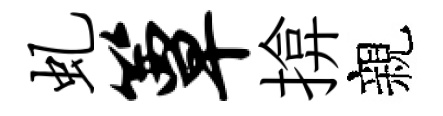
虬簟揜親